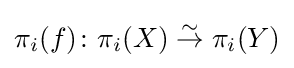
\pi _{i}(f)\colon \pi _{i}(X)\mathrel {\overset {\sim }{\to }} \pi _{i}(Y)